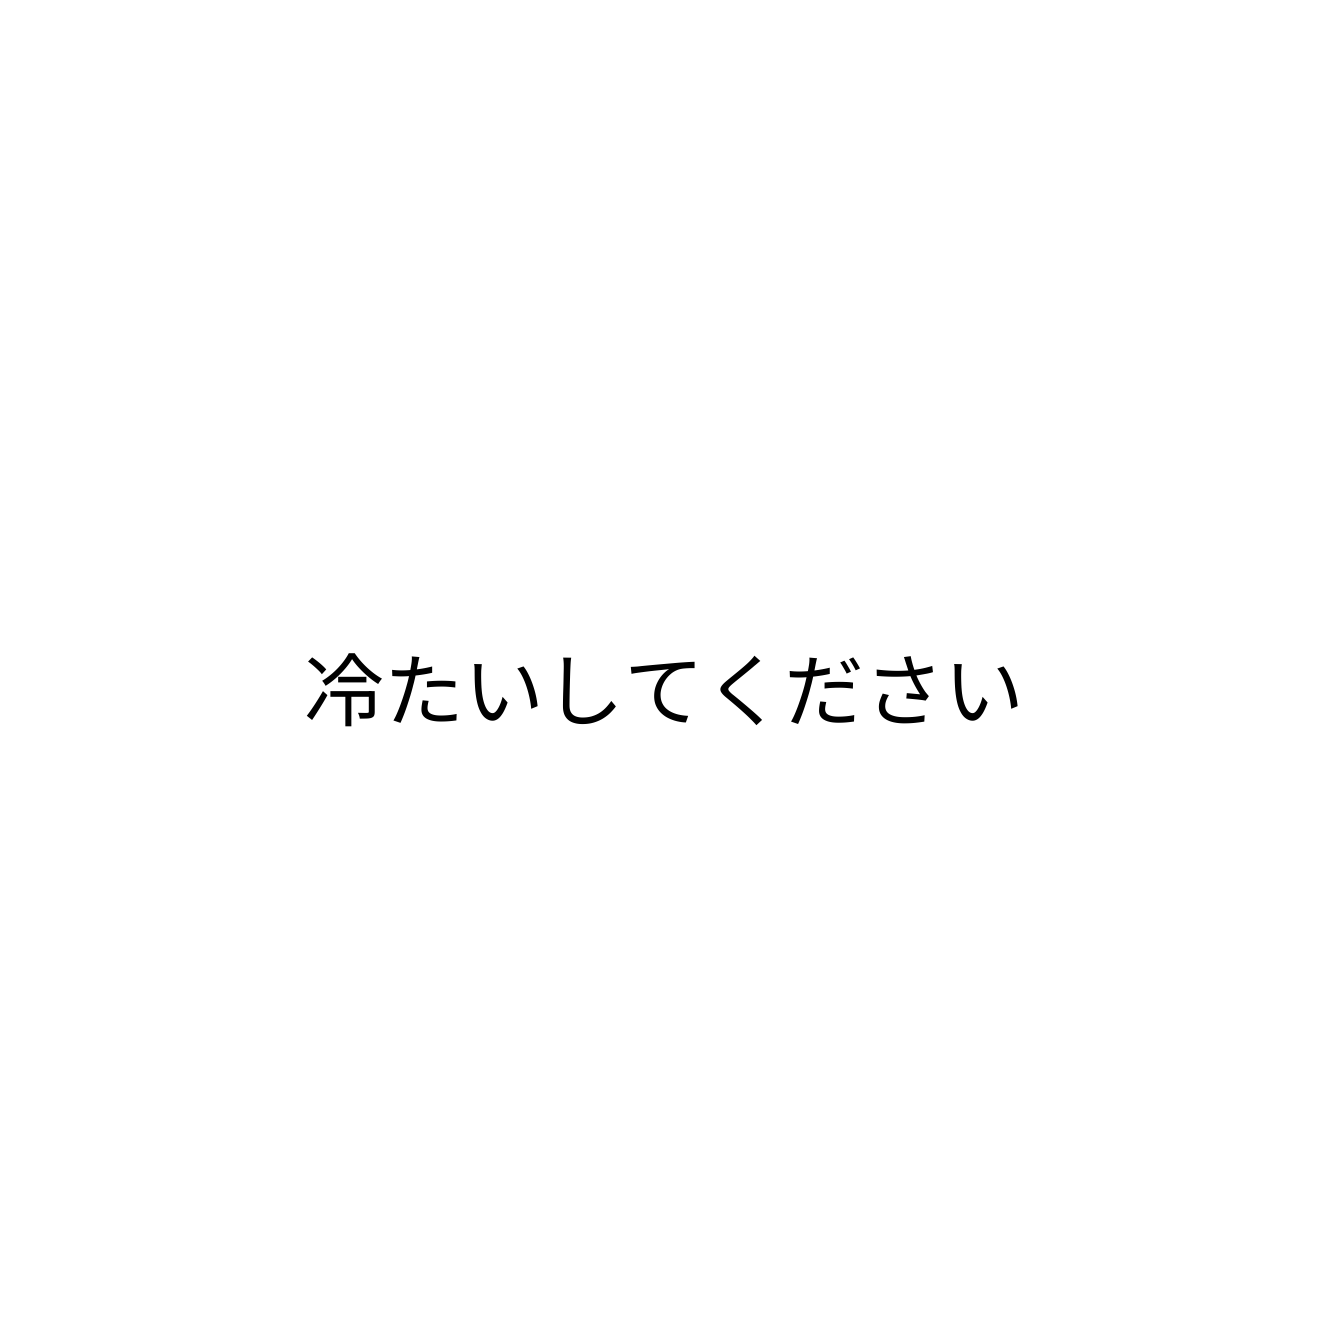
冷たいしてください